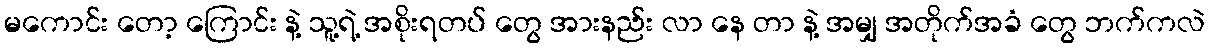
မကောင်း တော့ ကြောင်း နဲ့ သူ့ရဲ့ အစိုးရတပ် တွေ အားနည်း လာ နေ တာ နဲ့ အမျှ အတိုက်အခံ တွေ ဘက်ကလဲ